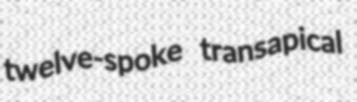
twelve-spoke transapical